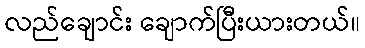
လည်ချောင်း ချောက်ပြီးယားတယ်။